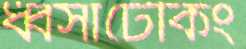
ধ্বসাটেকিং